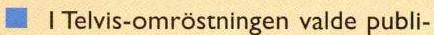
I Telvis-omröstningen valde publi-